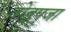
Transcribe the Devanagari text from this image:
तोडुपुजा